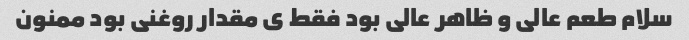
سلام طعم عالی و ظاهر عالی بود فقط ی مقدار روغنی بود ممنون